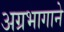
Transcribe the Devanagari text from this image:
अग्रभागाने